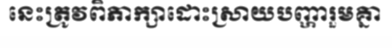
នេះត្រូវពិភាក្សាដោះស្រាយបញ្ហារួមគ្នា